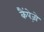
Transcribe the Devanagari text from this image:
कैंपेज़ो